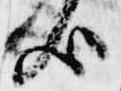
歟